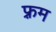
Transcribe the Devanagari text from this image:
फ़्रम